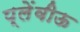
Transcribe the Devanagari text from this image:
प्लेंवीऊ